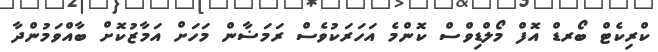
ކްރިކެޓް ބޯރޑް އޮފް މޯލްޑިވްސް ކޮންމެ އަހަރަކުވެސް ރަމަޟާން މަހަށް އަމާޒުކޮށް ބާއްވަމުންދާ